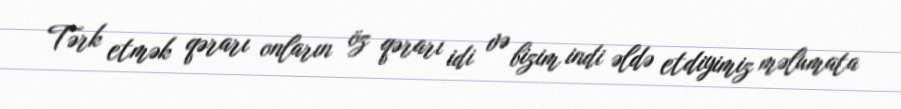
Tərk etmək qərarı onların öz qərarı idi və bizim indi əldə etdiyimiz məlumata